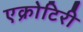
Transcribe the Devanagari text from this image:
एक्रोटिरी